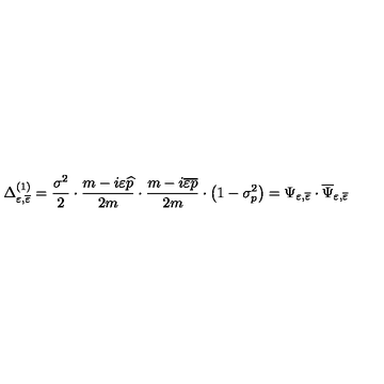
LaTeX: \Delta _ { \varepsilon , \overline { { \varepsilon } } } ^ { ( 1 ) } = \frac { \sigma ^ { 2 } } 2 \cdot \frac { m - i \varepsilon \widehat { p } } { 2 m } \cdot \frac { m - i \overline { { \varepsilon } } \overline { { p } } } { 2 m } \cdot \left( 1 - \sigma _ { p } ^ { 2 } \right) = \Psi _ { \varepsilon , \overline { { \varepsilon } } } \cdot \overline { { \Psi } } _ { \varepsilon , \overline { { \varepsilon } } }